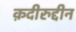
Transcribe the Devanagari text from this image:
क़दीरुद्दीन